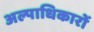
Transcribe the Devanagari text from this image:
अल्पाधिकारों